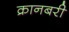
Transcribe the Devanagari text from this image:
क्रानबरी